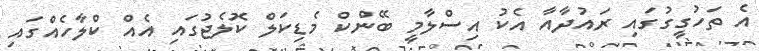
އެ ތަހުގީގުގައި ރައުދާއާ އެކު އިސްލާމީ ބޭންކް މެޑިކަލް ކޮލެޖުގައި އެއް ކްލާހެއްގައި